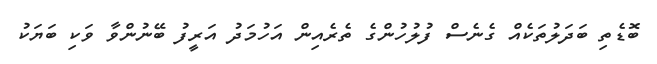
ބޮޑެތި ބަދަލުތަކެއް ގެނެސް ފުލުހުންގެ ތެރެއިން އަހުމަދު އަރީފު ބޭނުންވާ ވަކި ބަޔަކު